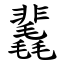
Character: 䩁